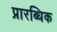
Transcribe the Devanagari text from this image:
प्रारब्धिक